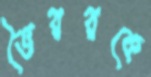
ভৈররকে